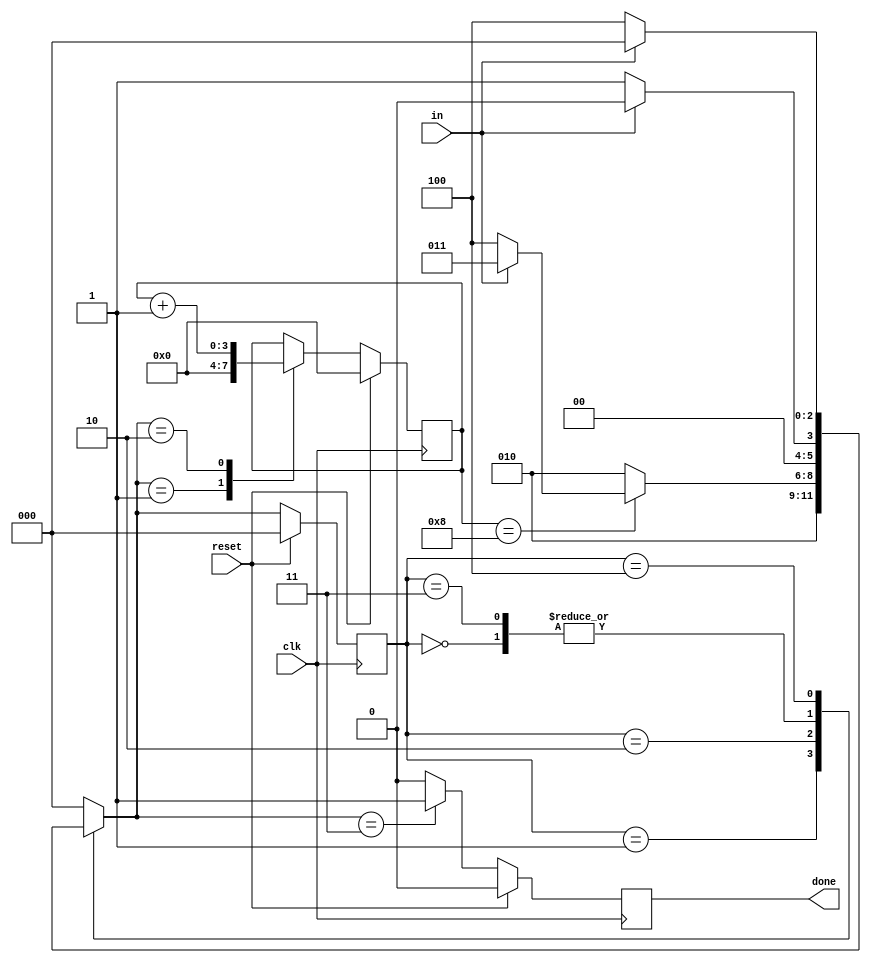
module top_module(
    input clk,
    input in,
    input reset,    // Synchronous reset
    output done
); 

    parameter S0=3'b000, S1=3'b001, S2=3'b010, S3=3'b011, S4=3'b100;
    reg [2:0] state, next_state;
    reg [3:0] cnt;
    // State transition logic (combinational)
	always @(*) begin
        case (state)
            S0: next_state = in ? S0:S1; //idle or start
            S1: next_state = S2; //data
            S2: next_state = (cnt==8) ? (in?S3:S4):S2; //cnt==8->S3orS4
            S3: next_state = in ? S0:S1; //idle or start
            S4: next_state = in ? S0:S4; //idle or keep
            default: next_state = S0;
        endcase
    end
    
    // State flip-flops (sequential)
 	always @(posedge clk) begin
        state <= (reset) ? S0:next_state ;
    end
    
    // Output logic
	always @(posedge clk) begin
        if (reset) begin
            done <= 0;
        end
        else begin
            case (next_state)
                S3: done<=1;
                default: done<=0;
            endcase
        end
    end
    
    always @(posedge clk) begin
        if (reset) begin
            cnt <= 0;
        end
        else begin
            case (next_state)
                S1: cnt<=0;
                S2: cnt<=cnt+1;
                default: cnt<=cnt;
            endcase
        end
    end
    
endmodule